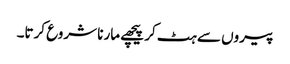
پیروں سے ہٹ کر پیچھے مارنا شروع کرتا۔